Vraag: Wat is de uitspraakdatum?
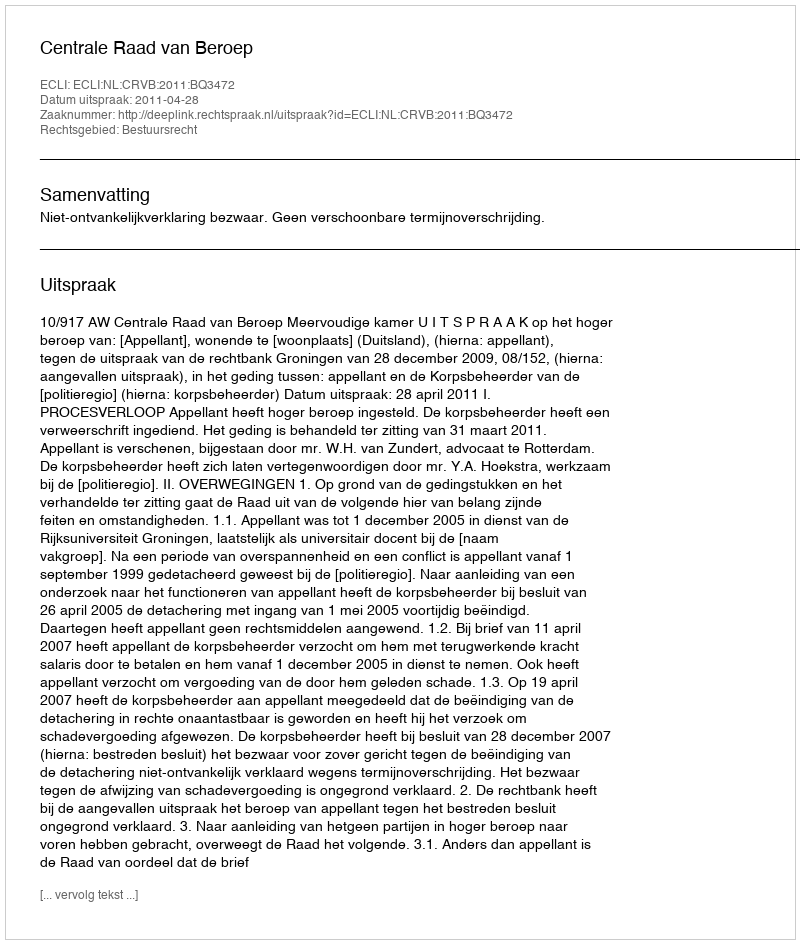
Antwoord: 2011-04-28